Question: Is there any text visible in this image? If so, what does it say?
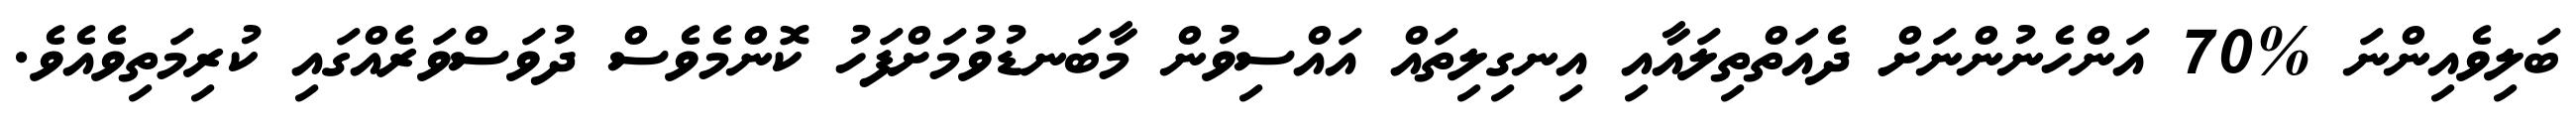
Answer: ބަލިވެއިންނަ %70 އަންހެނުންނަށް ދެއަތްތިލައާއި އިނގިލިތައް އައްސިވުން މާބަނޑުވުމަށްފަހު ކޮންމެވެސް ދުވަސްވަރެއްގައި ކުރިމަތިވެއެވެ.